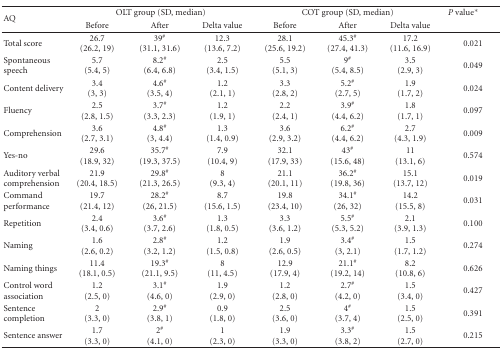
<table><thead><tr><td rowspan="2"><b>AQ</b></td><td colspan="3"><b>OLT group(SD, median)</b></td><td colspan="3"><b>COT group(SD, median)</b></td><td><b><i>P</i> value*</b></td></tr><tr><td><b>Before</b></td><td><b>After</b></td><td><b>Delta value</b></td><td><b>Before</b></td><td><b>After</b></td><td><b>Delta value</b></td></tr></thead><tbody><tr><td>Total score</td><td>26.7 (26.2, 19)</td><td>39<sup>#</sup> (31.1, 31.6)</td><td>12.3 (13.6, 7.2)</td><td>28.1 (25.6, 19.2)</td><td>45.3<sup>#</sup> (27.4, 41.3) </td><td>17.2 (11.6, 16.9)</td><td>0.021</td></tr><tr><td>Spontaneous speech</td><td>5.7 (5.4, 5)</td><td>8.2<sup>#</sup> (6.4, 6.8) </td><td>2.5 (3.4, 1.5)</td><td>5.5 (5.1, 3)</td><td>9<sup>#</sup> (5.4, 8.5) </td><td>3.5 (2.9, 3)</td><td>0.049</td></tr><tr><td> Content delivery</td><td>3.4 (3, 3)</td><td>4.6<sup>#</sup> (3.5, 4) </td><td>1.2 (2.1, 1)</td><td>3.3 (2.8, 2)</td><td>5.2<sup>#</sup> (2.7, 5) </td><td>1.9 (1.7, 2)</td><td>0.024</td></tr><tr><td> Fluency</td><td>2.5 (2.8, 1.5)</td><td>3.7<sup>#</sup> (3.3, 2.3) </td><td>1.2 (1.9, 1)</td><td>2.2 (2.4, 1)</td><td>3.9<sup>#</sup> (4.4, 6.2) </td><td>1.8 (1.7, 1)</td><td>0.097</td></tr><tr><td>Comprehension</td><td>3.6 (2.7, 3.1)</td><td>4.8<sup>#</sup> (3, 4.4) </td><td>1.3 (1.4, 0.9)</td><td>3.6 (2.9, 3.2)</td><td>6.2<sup>#</sup> (4.4, 6.2) </td><td>2.7 (4.3, 1.9)</td><td>0.009</td></tr><tr><td> Yes-no</td><td>29.6 (18.9, 32)</td><td>35.7<sup>#</sup> (19.3, 37.5) </td><td>7.9 (10.4, 9)</td><td>32.1 (17.9, 33)</td><td>43<sup>#</sup> (15.6, 48) </td><td>11 (13.1, 6)</td><td>0.574</td></tr><tr><td> Auditory verbal comprehension</td><td>21.9 (20.4, 18.5)</td><td>29.8<sup>#</sup> (21.3, 26.5) </td><td>8 (9.3, 4)</td><td>21.1 (20.1, 11)</td><td>36.2<sup>#</sup> (19.8, 36) </td><td>15.1 (13.7, 12)</td><td>0.019</td></tr><tr><td> Command performance</td><td>19.7 (21.4, 12)</td><td>28.2<sup>#</sup> (26, 21.5) </td><td>8.7 (15.6, 1.5)</td><td>19.8 (23.4, 10)</td><td>34.1<sup>#</sup> (26, 32) </td><td>14.2 (15.5, 8)</td><td>0.031</td></tr><tr><td>Repetition</td><td>2.4 (3.4, 0.6)</td><td>3.6<sup>#</sup> (3.7, 2.6) </td><td>1.3 (1.8, 0.5)</td><td>3.3 (3.6, 1.2)</td><td>5.5<sup>#</sup> (5.3, 5.2) </td><td>2.1 (3.9, 1.3)</td><td>0.100</td></tr><tr><td>Naming</td><td>1.6 (2.6, 0.2)</td><td>2.8<sup>#</sup> (3.2, 1.2) </td><td>1.2 (1.5, 0.8)</td><td>1.9 (2.6, 0.5)</td><td>3.4<sup>#</sup> (3, 2.1) </td><td>1.5 (1.7, 1.2)</td><td>0.274</td></tr><tr><td> Naming things</td><td>11.4 (18.1, 0.5)</td><td>19.3<sup>#</sup> (21.1, 9.5) </td><td>8 (11, 4.5)</td><td>12.9 (17.9, 4)</td><td>21.1<sup>#</sup> (19.2, 14) </td><td>8.2 (10.8, 6)</td><td>0.626</td></tr><tr><td> Control word association</td><td>1.2 (2.5, 0)</td><td>3.1<sup>#</sup> (4.6, 0) </td><td>1.9 (2.9, 0)</td><td>1.2 (2.8, 0)</td><td>2.7<sup>#</sup> (4.2, 0) </td><td>1.5 (3.4, 0)</td><td>0.427</td></tr><tr><td>Sentence completion</td><td>2 (3.3, 0)</td><td>2.9<sup>#</sup> (3.8, 1) </td><td>0.9 (1.8, 0)</td><td>2.5 (3.6, 0)</td><td>4<sup>#</sup> (3.7, 4) </td><td>1.5 (2.5, 0)</td><td>0.391</td></tr><tr><td> Sentence answer</td><td>1.7 (3.3, 0)</td><td>2<sup>#</sup> (4.1, 0) </td><td>1 (2.3, 0)</td><td>1.9 (3.3, 0)</td><td>3.3<sup>#</sup> (3.8, 2) </td><td>1.5 (2.7, 0)</td><td>0.215</td></tr></tbody></table>